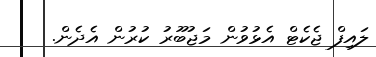
ލައިފް ޖެކެޓް އެޅުވުން މަޖުބޫރު ކުރުން އެދެން.